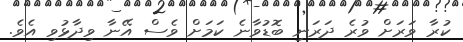
ކުރާ ވަރަށް ވުރެ ދަރަނި ބޮޑުވާނެ ކަމަށް ވެސް އޭނާ ވިދާޅުވި އެވެ.